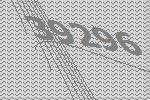
39296